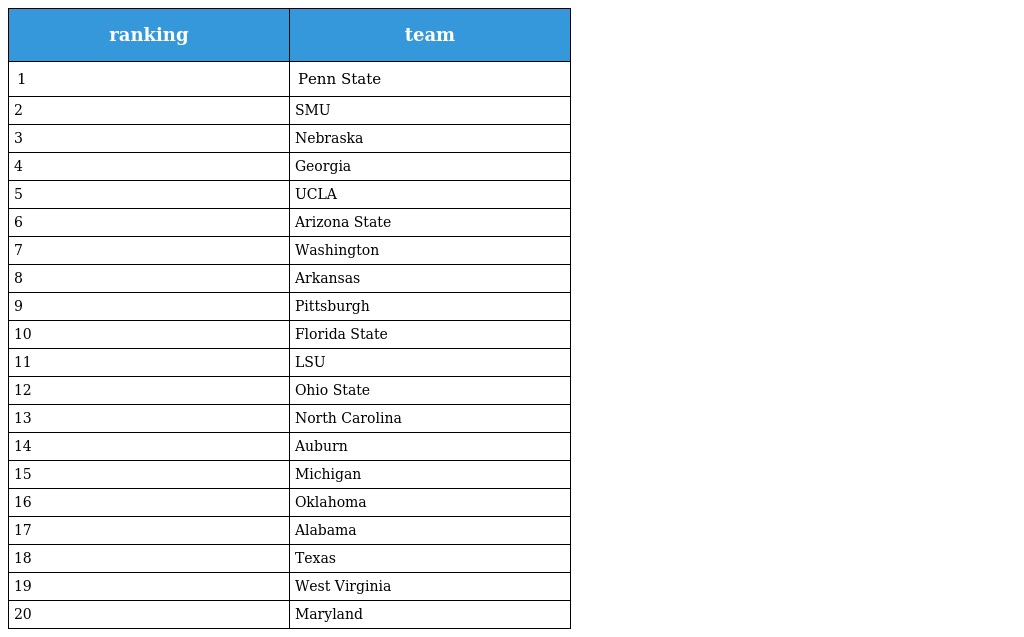
| ranking | team |
 | --- | --- |
 | 1 | Penn State |
 | 2 | SMU |
 | 3 | Nebraska |
 | 4 | Georgia |
 | 5 | UCLA |
 | 6 | Arizona State |
 | 7 | Washington |
 | 8 | Arkansas |
 | 9 | Pittsburgh |
 | 10 | Florida State |
 | 11 | LSU |
 | 12 | Ohio State |
 | 13 | North Carolina |
 | 14 | Auburn |
 | 15 | Michigan |
 | 16 | Oklahoma |
 | 17 | Alabama |
 | 18 | Texas |
 | 19 | West Virginia |
 | 20 | Maryland |